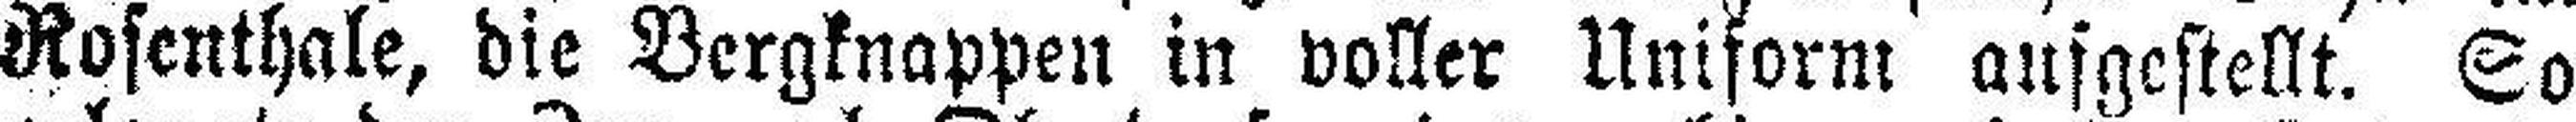
Rosenthale, die Bergknappen in voller Uniform ausgestellt. So